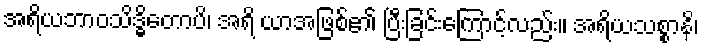
အရိယဘာဝသိဒ္ဓိတောပိ၊ အရိ ယာအဖြစ်၏ ပြီးခြင်းကြောင့်လည်း။ အရိယသစ္စာနိ၊